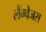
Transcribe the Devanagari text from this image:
लैंग्वेजस